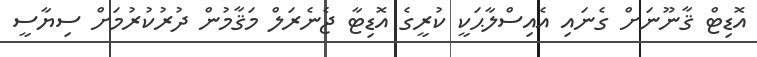
އޮޑިޓް ޤާނޫނަށް ގެނައި އެއިސްލާޙަކީ ކުރީގެ އޮޑިޓާ ޖެނެރަލް މަޤާމުން ދުރުކުރުމަށް ސިޔާސީ